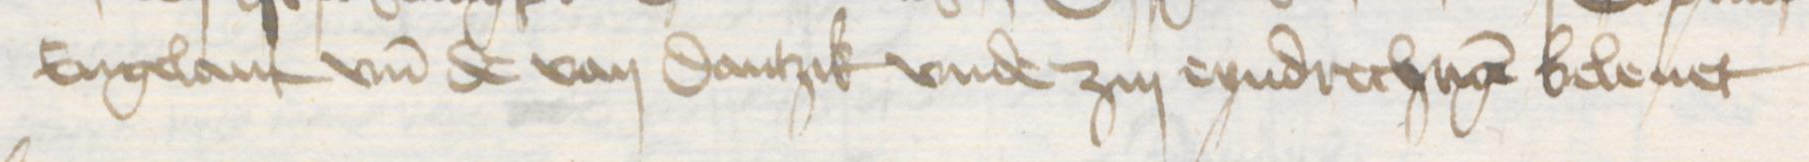
Transcription: Engelant vnd de van Dantzik vnde zin eyndrechtigen beleuet